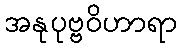
အနုပုဗ္ဗဝိဟာရာ